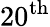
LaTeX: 20^{\mathrm{th}}